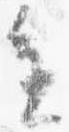
進